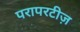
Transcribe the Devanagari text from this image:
परापरटीज़